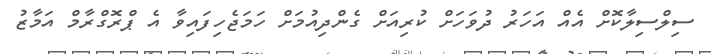
ސިލްސިލާކޮށް އެއް އަހަރު ދުވަހަށް ކުރިއަށް ގެންދިއުމަށް ހަަމަޖެހިފައިވާ އެ ޕްރޮގްރާމް އަމާޒު